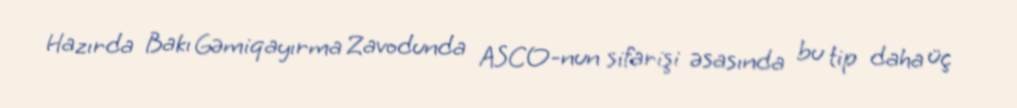
Hazırda Bakı Gəmiqayırma Zavodunda ASCO-nun sifarişi əsasında bu tip daha üç